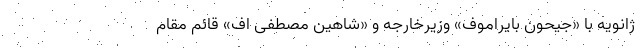
ژانویه با «جیحون بایراموف» وزیرخارجه و «شاهین مصطفی اُف» قائم مقام